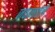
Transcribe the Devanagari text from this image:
जपानातले